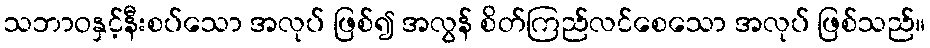
သဘာဝနှင့်နီးစပ်သော အလုပ် ဖြစ်၍ အလွန် စိတ်ကြည်လင်စေသော အလုပ် ဖြစ်သည်။